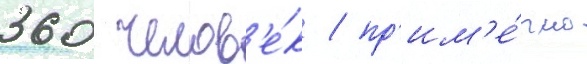
360 челов'е́к / пр'им'е́рно